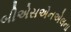
બીએસએનએલના